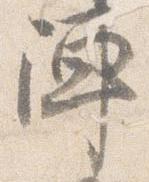
陣